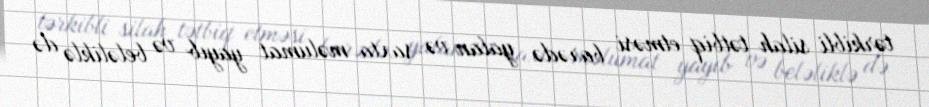
tərkibli silah tətbiq etməsi barədə yalan və saxta məlumat yayıb və beləliklə də